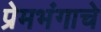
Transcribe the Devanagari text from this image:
प्रेमभंगाचे